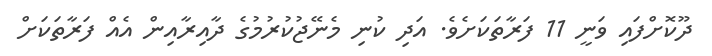
ދޫކޮށްފައި ވަނީ 11 ފަރާތަކަށެވެ. އަދި ކުނި މެނޭޖުކުރުމުގެ ދާއިރާއިން އެއް ފަރާތަކަށް